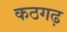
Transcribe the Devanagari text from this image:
कठगढ़